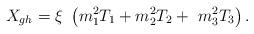
LaTeX: \begin{align*}X_{gh}=\xi \ \left( m_{1}^{2}T_{1}+m_{2}^{2}T_{2}+\ m_{3}^{2}T_{3}\right) .\end{align*}